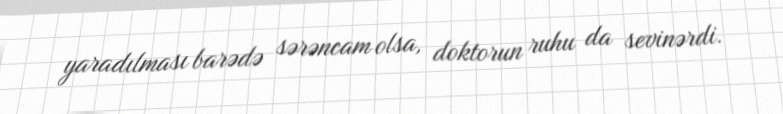
yaradılması barədə sərəncam olsa, doktorun ruhu da sevinərdi.